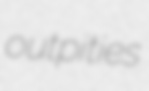
outpities